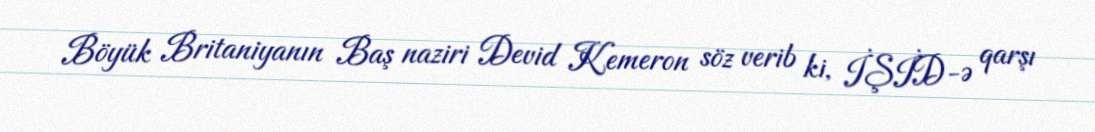
Böyük Britaniyanın Baş naziri Devid Kemeron söz verib ki, İŞİD-ə qarşı